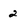
Character: 2